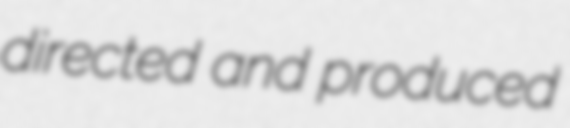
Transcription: directed and produced